Document type: Sale
Year: 1423
Scribe: Joan Franc
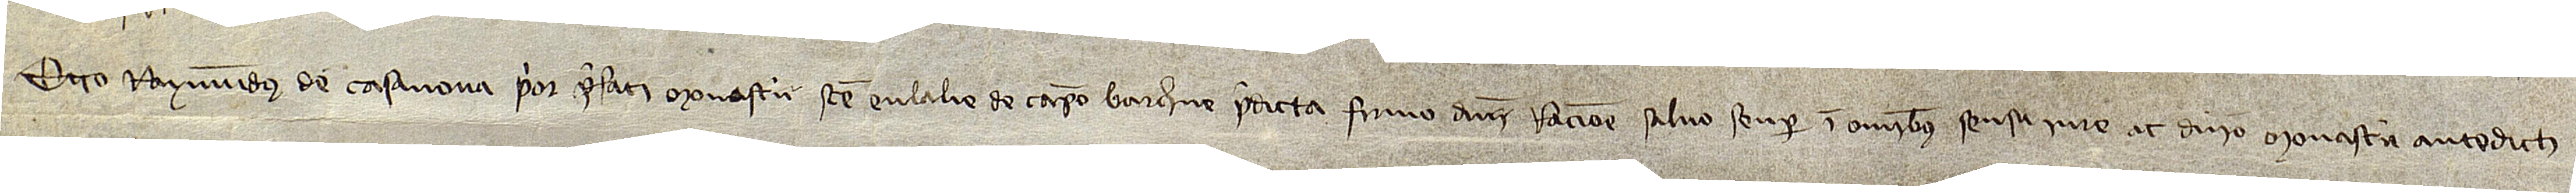
Ego Raymundus de Casanova, prior prefati monasterii Sancte Eulalie de Campo Barchinone, predicta firmo dominii racione, salvo semper in omnibus sensu, iure ac dominio monasterii antedicti.